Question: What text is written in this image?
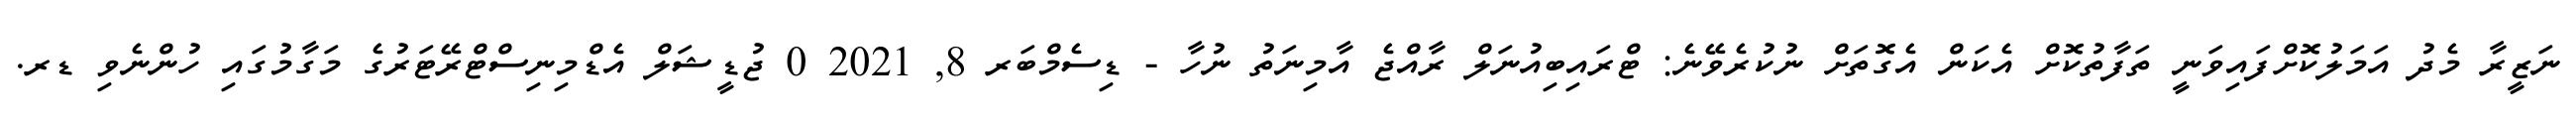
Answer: ނަޒީރާ މެދު އަމަލުކޮށްފައިވަނީ ތަފާތުކޮށް އެކަން އެގޮތަށް ނުކުރެވޭނެ: ޓްރައިބިއުނަލް ރާއްޖެ އާމިނަތު ނުހާ - ޑިސެމްބަރ 8, 2021 0 ޖުޑީޝަލް އެޑްމިނިސްޓްރޭޓަރުގެ މަގާމުގައި ހުންނެވި ޑރ.